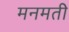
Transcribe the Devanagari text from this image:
मनमती